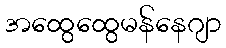
အထွေထွေမန်နေဂျာ